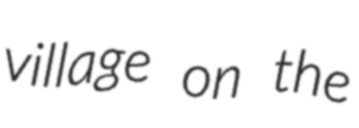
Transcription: village on the